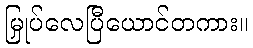
မြှုပ်လေပြီယောင်တကား။